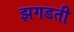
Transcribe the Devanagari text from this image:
झगडती